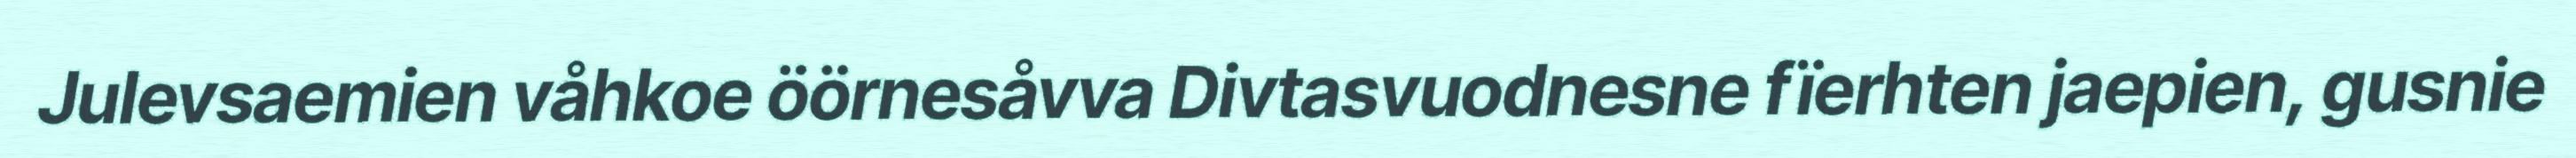
Julevsaemien våhkoe öörnesåvva Divtasvuodnesne fïerhten jaepien, gusnie